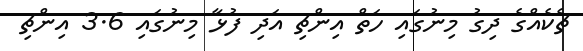
ޗެކެއްގެ ދިގު މިނުގައި ހަތް އިންޗި އަދި ފުޅާ މިނުގައި 3.6 އިންޗި